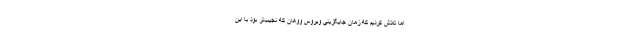
اما تلاش کردیم که زمان جایگزینی ویروس ووهان که نجیب‌تر بود با این